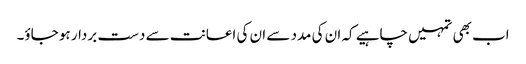
اب بھی تمہیں چاہیے کہ ان کی مدد سے ان کی اعانت سے دست بردار ہو جاؤ۔